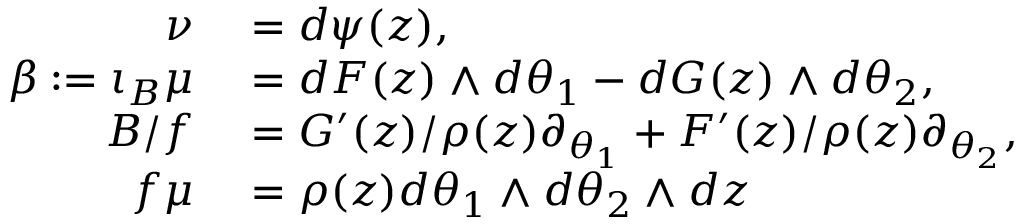
\begin{array} { r l } { \nu } & { { } = d \psi ( z ) , } \\ { \beta : = \iota _ { B } \mu } & { { } = d F ( z ) \wedge d \theta _ { 1 } - d G ( z ) \wedge d \theta _ { 2 } , } \\ { B / f } & { { } = G ^ { \prime } ( z ) / \rho ( z ) \partial _ { \theta _ { 1 } } + F ^ { \prime } ( z ) / \rho ( z ) \partial _ { \theta _ { 2 } } , } \\ { f \mu } & { { } = \rho ( z ) d \theta _ { 1 } \wedge d \theta _ { 2 } \wedge d z } \end{array}